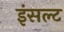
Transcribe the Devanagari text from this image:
इंसल्ट